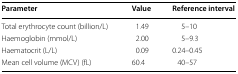
<table><thead><tr><td><b>Parameter</b></td><td><b>Value</b></td><td><b>Reference interval</b></td></tr></thead><tbody><tr><td>Total erythrocyte count (billion/L)</td><td>1.49</td><td>5–10</td></tr><tr><td>Haemoglobin (mmol/L)</td><td>2.00</td><td>5–9.3</td></tr><tr><td>Haematocrit (L/L)</td><td>0.09</td><td>0.24–0.45</td></tr><tr><td>Mean cell volume (MCV) (fL)</td><td>60.4</td><td>40–57</td></tr></tbody></table>